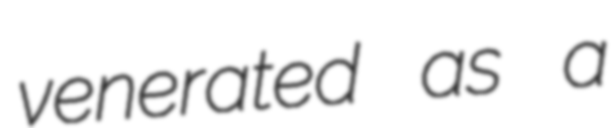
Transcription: venerated as a